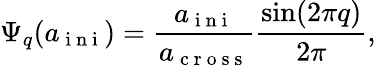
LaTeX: \Psi_{q}(a_{\mathrm{~i~n~i~}})=\frac{a_{\mathrm{~i~n~i~}}}{a_{\mathrm{~c~r~o~s~s~}}}\frac{\sin(2\pi q)}{2\pi},